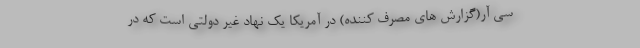
سی آر(گزارش های مصرف کننده) در آمریکا یک نهاد غیر دولتی است که در